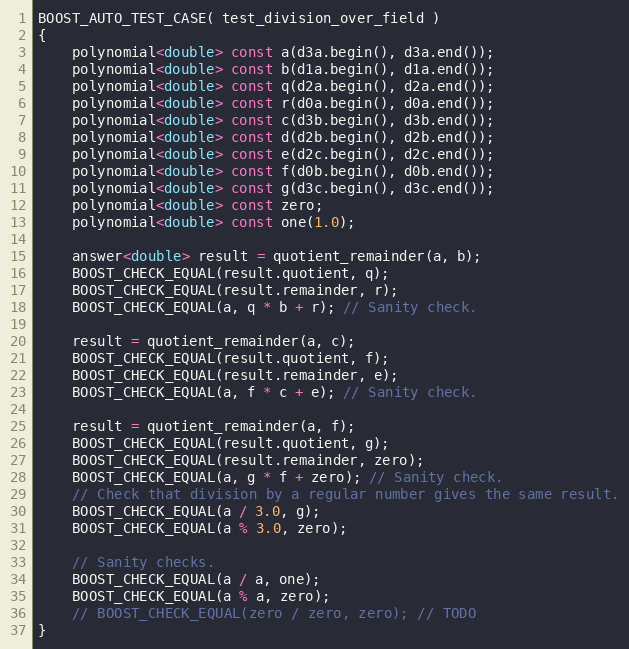
Language: C++
BOOST_AUTO_TEST_CASE( test_division_over_field )
{
    polynomial<double> const a(d3a.begin(), d3a.end());
    polynomial<double> const b(d1a.begin(), d1a.end());
    polynomial<double> const q(d2a.begin(), d2a.end());
    polynomial<double> const r(d0a.begin(), d0a.end());
    polynomial<double> const c(d3b.begin(), d3b.end());
    polynomial<double> const d(d2b.begin(), d2b.end());
    polynomial<double> const e(d2c.begin(), d2c.end());
    polynomial<double> const f(d0b.begin(), d0b.end());
    polynomial<double> const g(d3c.begin(), d3c.end());
    polynomial<double> const zero;
    polynomial<double> const one(1.0);

    answer<double> result = quotient_remainder(a, b);
    BOOST_CHECK_EQUAL(result.quotient, q);
    BOOST_CHECK_EQUAL(result.remainder, r);
    BOOST_CHECK_EQUAL(a, q * b + r); // Sanity check.

    result = quotient_remainder(a, c);
    BOOST_CHECK_EQUAL(result.quotient, f);
    BOOST_CHECK_EQUAL(result.remainder, e);
    BOOST_CHECK_EQUAL(a, f * c + e); // Sanity check.

    result = quotient_remainder(a, f);
    BOOST_CHECK_EQUAL(result.quotient, g);
    BOOST_CHECK_EQUAL(result.remainder, zero);
    BOOST_CHECK_EQUAL(a, g * f + zero); // Sanity check.
    // Check that division by a regular number gives the same result.
    BOOST_CHECK_EQUAL(a / 3.0, g);
    BOOST_CHECK_EQUAL(a % 3.0, zero);

    // Sanity checks.
    BOOST_CHECK_EQUAL(a / a, one);
    BOOST_CHECK_EQUAL(a % a, zero);
    // BOOST_CHECK_EQUAL(zero / zero, zero); // TODO
}